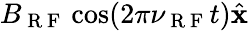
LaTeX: B_{\mathrm{~R~F~}}\cos(2\pi\nu_{\mathrm{~R~F~}}t)\hat{\textbf{x}}